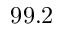
9 9 . 2